Causation and prevention of malarial fevers: a statement of the results of researches drawn up for the use of assistant surgeons, hospital assistants and students
Disease focus: Malaria
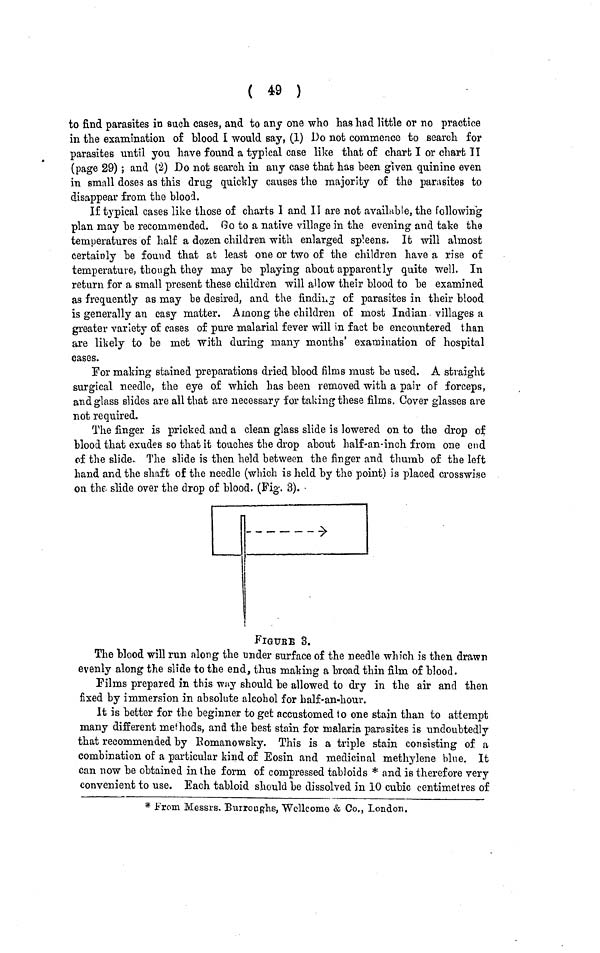
( 49 )
to find parasites in such cases, and to any one who has had little or no practice
in the examination of blood I would say, (1) Do not commence to search for
parasites until you have found a typical case like that of chart I or chart II
(page 29) ; and (2) Do not search in any case that has been given quinine even
in small doses as this drug quickly causes the majority of the parasites to
disappear from the blood.
If typical cases like those of charts I and II are not available, the following
plan may be recommended. Go to a native village in the evening and take the
temperatures of half a dozen children with enlarged spleens. It will almost
certainly be found that at least one or two of the children have a rise of
temperature, though they may be playing about apparently quite well. In
return for a small present these children will allow their blood to be examined
as frequently as may be desired, and the finding of parasites in their blood
is generally an easy matter. Among the children of most Indian villages a
greater variety of cases of pure malarial fever will in fact be encountered than
are likely to be met with during many months' examination of hospital
cases.
For making stained preparations dried blood films must be used. A straight
surgical needle, the eye of which has been removed with a pair of forceps,
and glass slides are all that are necessary for taking these films. Cover glasses are
not required.
The finger is pricked and a clean glass slide is lowered on to the drop of
blood that exudes so that it touches the drop about half-an-inch from one end
of the slide. The slide is then held between the finger and thumb of the left
hand and the shaft of the needle (which is held by the point) is placed crosswise
on the slide over the drop of blood. (Fig. 3).
FIGURE 3.
The blood will run along the under surface of the needle which is then drawn
evenly along the slide to the end, thus making a broad thin film of blood.
Films prepared in this way should be allowed to dry in the air and then
fixed by immersion in absolute alcohol for half-an-hour.
It is better for the beginner to get accustomed to one stain than to attempt
many different methods, and the best stain for malaria parasites is undoubtedly
that recommended by Romanowsky. This is a triple stain consisting of a
combination of a particular kind of Eosin and medicinal methylene blue. It
can now be obtained in the form of compressed tabloids * and is therefore very
convenient to use. Each tabloid should be dissolved in 10 cubic centimetres of
* From Messrs. Burroughs, Wellcome & Co., London.